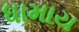
ધામાય